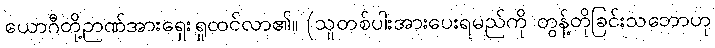
ယောဂီတို့ဉာဏ်အားရှေးရှုထင်လာ၏။ (သူတစ်ပါးအားပေးရမည်ကို တွန့်တိုခြင်းသဘောဟု